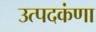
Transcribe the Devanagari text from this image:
उत्पदकंणा